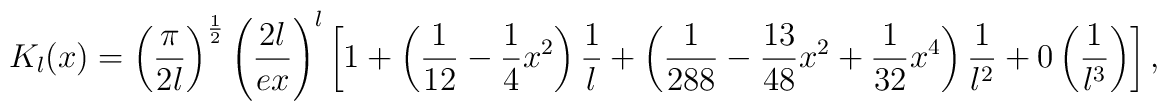
K_l(x) = \left( \displaystyle\frac{\pi}{2l} \right)^{\frac{1}{2}}\left( \displaystyle\frac{2l}{ex}\right)^l \left[ 1 + \left(\displaystyle\frac{1}{12} - \displaystyle\frac{1}{4} x^2 \right)\displaystyle\frac{1}{l} + \left( \displaystyle\frac{1}{288} -\displaystyle\frac{13}{48} x^2 + \displaystyle\frac{1}{32} x^4 \right)\displaystyle\frac{1}{l^2}+ 0 \left( \displaystyle\frac{1}{l^3} \right) \right],